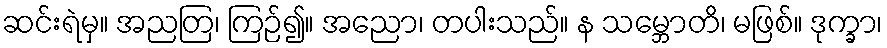
ဆင်းရဲမှ။ အညတြ၊ ကြဉ်၍။ အညော၊ တပါးသည်။ န သမ္ဘောတိ၊ မဖြစ်။ ဒုက္ခာ၊